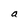
Character: a